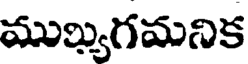
ముఖ్యగమనిక